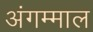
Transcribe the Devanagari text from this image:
अंगम्माल